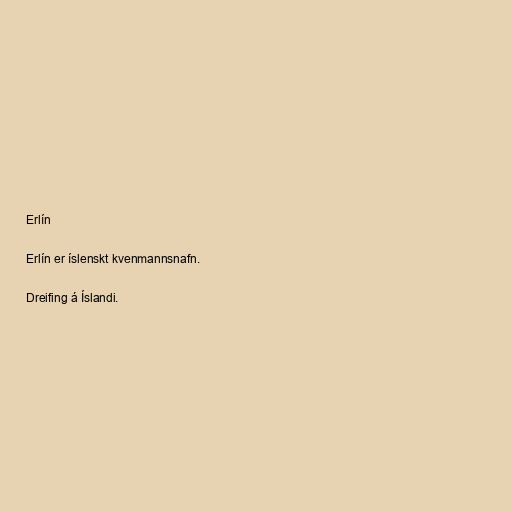
Erlín

Erlín er íslenskt kvenmannsnafn.

Dreifing á Íslandi.